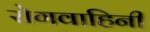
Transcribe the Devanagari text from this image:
रोगवाहिनी